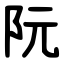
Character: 阮